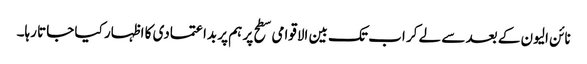
نائن الیون کے بعد سے لے کر اب تک بین الاقوامی سطح پر ہم پر بداعتمادی کا اظہار کیا جاتا رہا۔